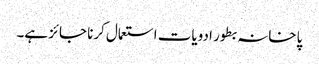
پاخانہ بطور ادویات استعمال کرنا جائز ہے۔